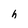
Character: h